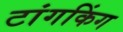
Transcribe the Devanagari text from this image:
टांगकिंग